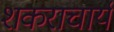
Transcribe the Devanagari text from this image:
शकराचार्य